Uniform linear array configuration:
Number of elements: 32
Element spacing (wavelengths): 1
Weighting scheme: hann
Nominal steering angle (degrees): -15
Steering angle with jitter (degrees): -13.514
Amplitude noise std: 0.05
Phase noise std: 0.05

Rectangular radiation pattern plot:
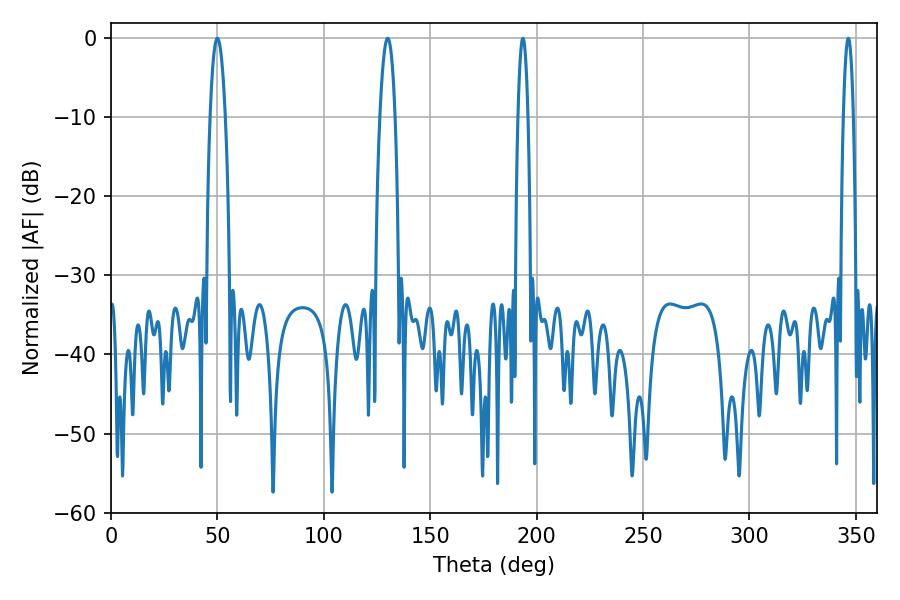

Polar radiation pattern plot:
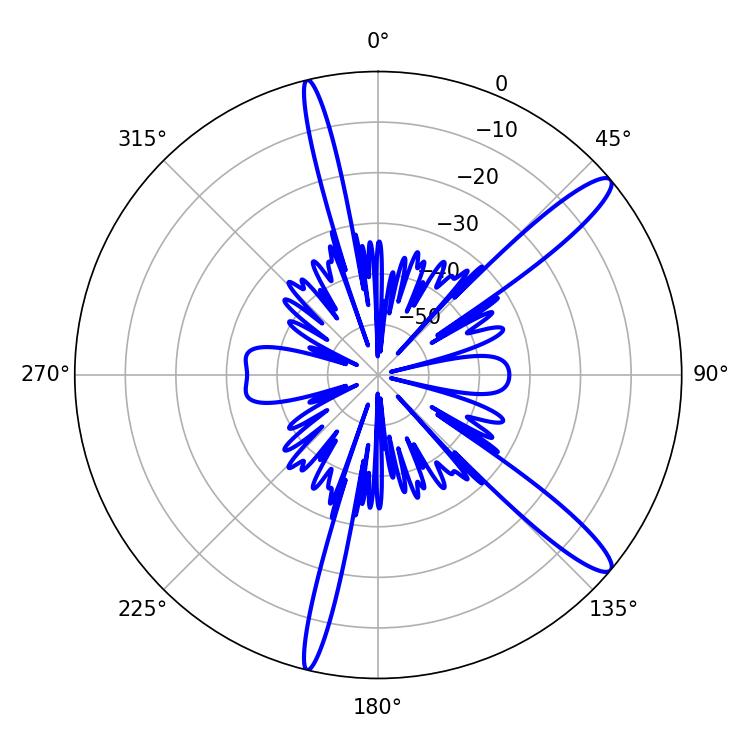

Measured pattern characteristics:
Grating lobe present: TRUE
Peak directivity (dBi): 13.39
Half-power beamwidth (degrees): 3.96
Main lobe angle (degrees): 50.04